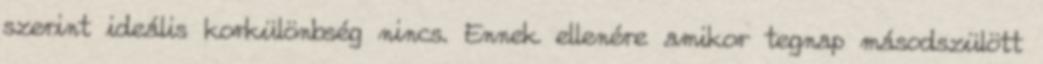
szerint ideális korkülönbség nincs. Ennek ellenére amikor tegnap másodszülött